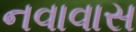
નવાવાસ